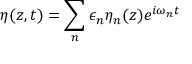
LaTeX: \eta ( z , t ) = \sum _ { n } \epsilon _ { n } \eta _ { n } ( z ) e ^ { i \omega _ { n } t }